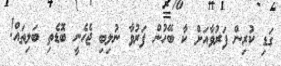
ގަޑި ކުރިން ފަރުވާއަށް ކާ ބޭހުން ފަރުވާ ނުލިބި ޖެހެނީ ބޮޑެތި ބަލިތައް!